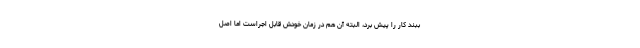
ببند کار را پیش برد، البته آن هم در زمان خودش قابل اجراست اما اصل